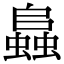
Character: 𧒂